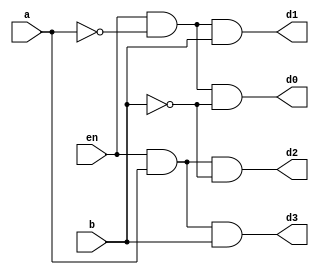
module decoder2to4High (
    en, a, b, d0, d1, d2, d3
);

input en, a, b;
output d0, d1, d2, d3;

assign d0 = en & ~a & ~b;
assign d1 = en & ~a & b;
assign d2 = en & a & ~b;
assign d3 = en & a & b;
    
endmodule

module decoderTestBench;
reg en, a, b;
wire d0, d1, d2, d3;

decoder2to4High i(en, a, b, d0, d1, d2, d3);

initial begin
    en=1'b1; a=1'b0; b=1'b0;
    $monitor("Time: %0t, en: %b, a: %b, b: %b, d0: %b, d1: %b, d2: %b, d3: %b", $time, en, a, b, d0, d1, d2, d3);
    #5 en=1'b1; a=1'b0; b=1'b0;
    #5 en=1'b1; a=1'b0; b=1'b1;
    #5 en=1'b1; a=1'b1; b=1'b0;
    #5 en=1'b1; a=1'b1; b=1'b1;
end
endmodule